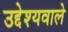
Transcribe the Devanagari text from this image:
उद्देश्यवाले